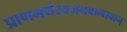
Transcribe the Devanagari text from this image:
प्राणमर्थस्वजनबान्धवान्